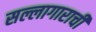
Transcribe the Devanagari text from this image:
सल्लागाराची